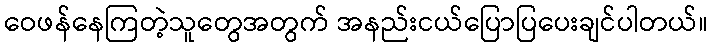
ဝေဖန်နေကြတဲ့သူတွေအတွက် အနည်းငယ်ပြောပြပေးချင်ပါတယ်။